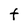
Character: t